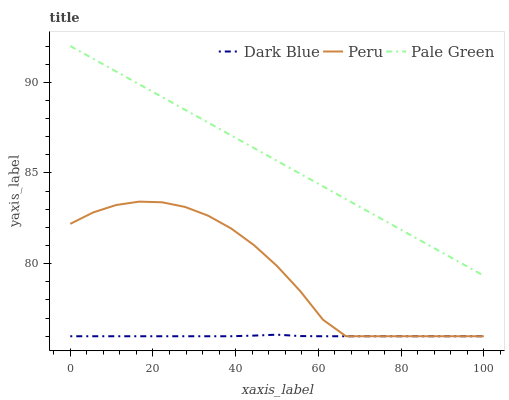
| xaxis_label | Dark Blue | Peru | Pale Green |
 | --- | --- | --- | --- |
 | 0 | 76 | 82.2 | 92 |
 | 5.56 | 76 | 82.8 | 91.3 |
 | 11.1 | 76 | 83.2 | 90.6 |
 | 16.7 | 76 | 83.4 | 89.9 |
 | 22.2 | 76 | 83.4 | 89.2 |
 | 27.8 | 76 | 83.1 | 88.5 |
 | 33.3 | 76 | 82.6 | 87.8 |
 | 38.9 | 76 | 81.9 | 87.1 |
 | 44.4 | 76 | 81 | 86.4 |
 | 50 | 76.1 | 79.9 | 85.7 |
 | 55.6 | 76 | 78.5 | 85 |
 | 61.1 | 76 | 76.9 | 84.3 |
 | 66.7 | 76 | 76 | 83.6 |
 | 72.2 | 76 | 76 | 82.9 |
 | 77.8 | 76 | 76 | 82.2 |
 | 83.3 | 76 | 76 | 81.4 |
 | 88.9 | 76 | 76 | 80.7 |
 | 94.4 | 76 | 76 | 80 |
 | 100 | 76 | 76 | 79.3 |